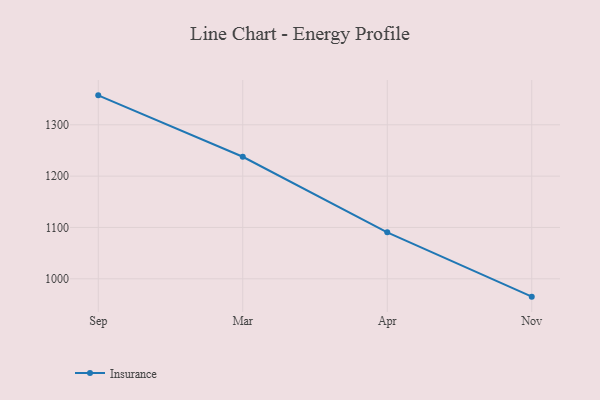
{"axis": {"x": "Month", "y": "Inventory Turnover"}, "legend": ["Insurance"], "data": [{"x": "Sep", "y": 1357.4, "type": "Insurance"}, {"x": "Mar", "y": 1237.8, "type": "Insurance"}, {"x": "Apr", "y": 1090.6, "type": "Insurance"}, {"x": "Nov", "y": 965.2, "type": "Insurance"}]}